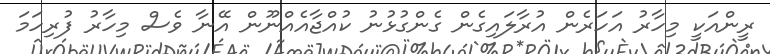
ރީންއަކީ މިހާރު އަހަރެން އުރާލައިގެން ގެންގުޅުނު ކުއްޖާއެއްނޫން އޭނާ ވެސް މިހާރު ފުރިހަމަ